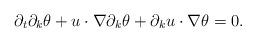
LaTeX: \begin{align*}\partial_t \partial_k\theta+u\cdot\nabla \partial_k\theta+ \partial_ku\cdot\nabla \theta=0.\end{align*}